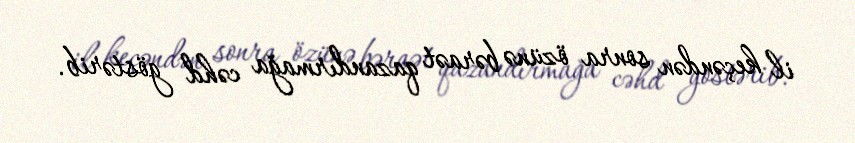
il keçəndən sonra özünə bəraət qazandırmağa cəhd göstərib.